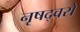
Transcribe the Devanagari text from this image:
नृषद्वरो